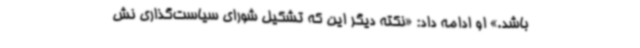
باشد.» او ادامه داد: «نکته دیگر این که تشکیل شورای سیاست‌گذاری نش